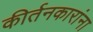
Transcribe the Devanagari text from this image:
कीर्तनकारांना